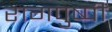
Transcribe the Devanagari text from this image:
रागपुष्पी